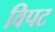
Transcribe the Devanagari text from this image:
विपट